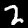
Label: 2